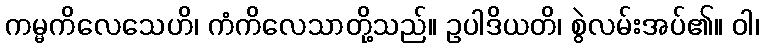
ကမ္မကိလေသေဟိ၊ ကံကိလေသာတို့သည်။ ဥပါဒိယတိ၊ စွဲလမ်းအပ်၏။ ဝါ၊